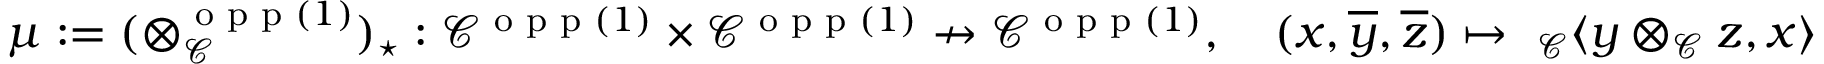
\mu : = ( \otimes _ { \mathcal { C } } ^ { \textnormal { o p p } ( 1 ) } ) _ { \star } : \mathcal { C } ^ { \textnormal { o p p } ( 1 ) } \times \mathcal { C } ^ { \textnormal { o p p } ( 1 ) } \nrightarrow \mathcal { C } ^ { \textnormal { o p p } ( 1 ) } , \quad ( x , \overline { { y } } , \overline { { z } } ) \mapsto \ _ { \mathcal { C } } \langle y \otimes _ { \mathcal { C } } z , x \rangle